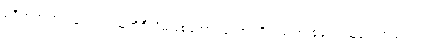
မရှိတဲ့အတွက်ကြောင့် သူ့ကိုဒီလိုမဖြစ်အောင်တော့ ကိုယ့်မိသားစုရော သူ့နဲ့ ပတ်သက်တဲ့